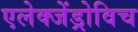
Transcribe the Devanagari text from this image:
एलेक्जेंड्रोविच